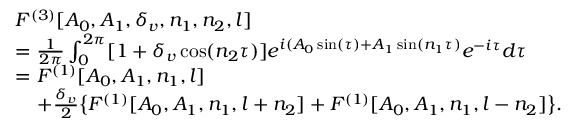
\begin{array} { r l } & { F ^ { ( 3 ) } [ A _ { 0 } , A _ { 1 } , \delta _ { v } , n _ { 1 } , n _ { 2 } , l ] } \\ & { = \frac { 1 } { 2 \pi } \int _ { 0 } ^ { 2 \pi } [ 1 + \delta _ { v } \cos ( n _ { 2 } \tau ) ] e ^ { i ( A _ { 0 } \sin ( \tau ) + A _ { 1 } \sin ( n _ { 1 } \tau ) } e ^ { - i \tau } d \tau } \\ & { = F ^ { ( 1 ) } [ A _ { 0 } , A _ { 1 } , n _ { 1 } , l ] } \\ & { \; \; \; \; + \frac { \delta _ { v } } { 2 } \bigl \{ F ^ { ( 1 ) } [ A _ { 0 } , A _ { 1 } , n _ { 1 } , l + n _ { 2 } ] + F ^ { ( 1 ) } [ A _ { 0 } , A _ { 1 } , n _ { 1 } , l - n _ { 2 } ] \bigl \} . } \end{array}